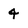
Character: 4